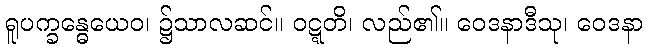
ရူပက္ခန္ဓေယေဝ၊ ၌သာလဆင်။ ဝဋ္ဋတိ၊ လည်၏။ ဝေဒနာဒီသု၊ ဝေဒနာ